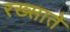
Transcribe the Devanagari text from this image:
रख्साते